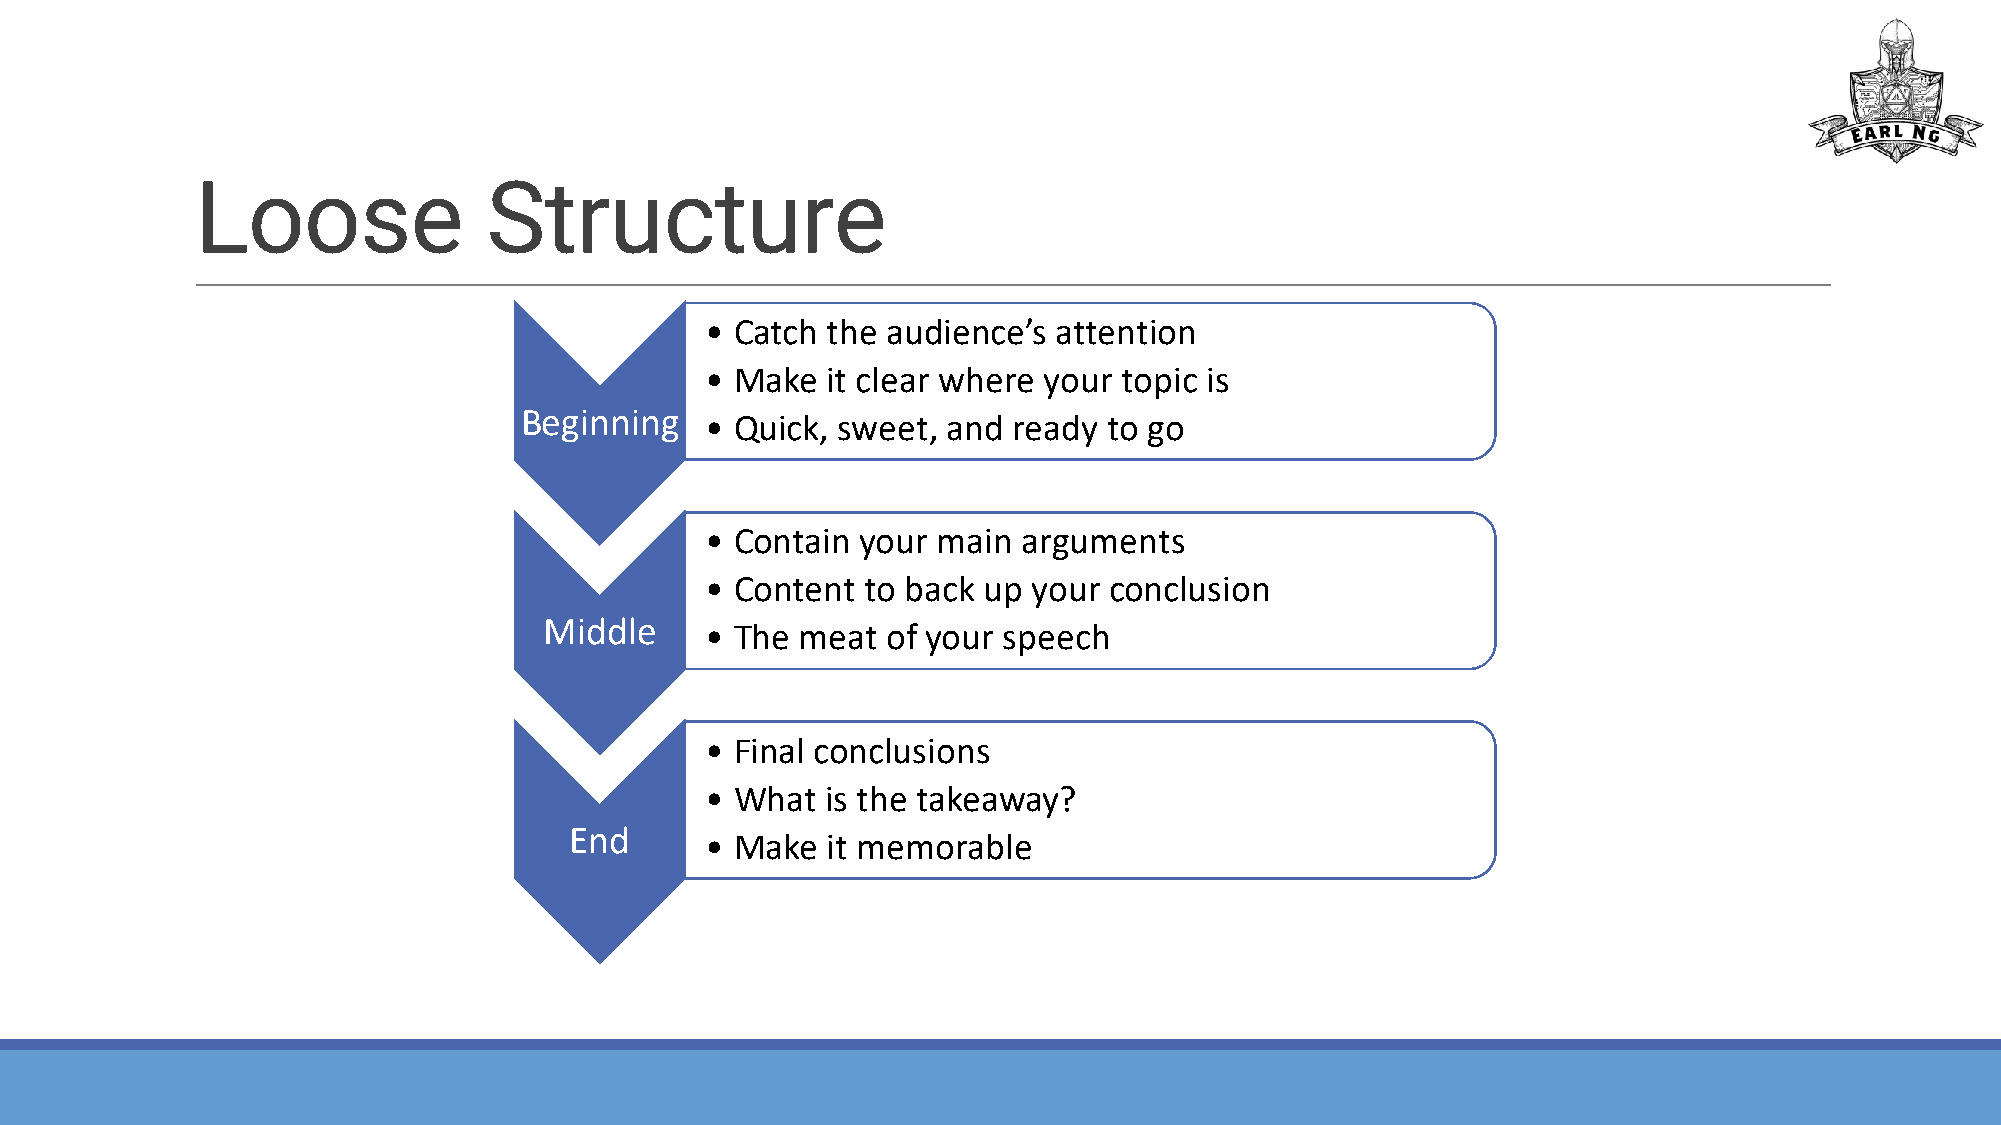
Loose              Structure
 • Catch the audience’s attention
 • Make  it clear where your topic is
 Beginning
 • Quick, sweet, and ready to go
 • Contain your main  arguments
 • Content to back up your conclusion
 Middle
 • The meat  of your speech
 • Final conclusions
 • What  is the takeaway?
 End
 • Make  it memorable